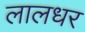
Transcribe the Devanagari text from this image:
लालधर